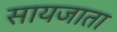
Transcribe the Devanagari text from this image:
सायजाता